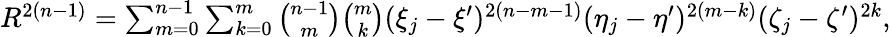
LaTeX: \begin{array}{r}{R^{2(n-1)}=\sum_{m=0}^{n-1}\sum_{k=0}^{m}\binom{n-1}{m}\binom{m}{k}(\xi_{j}-\xi^{\prime})^{2(n-m-1)}(\eta_{j}-\eta^{\prime})^{2(m-k)}(\zeta_{j}-\zeta^{\prime})^{2k},}\end{array}